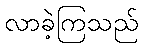
လာခဲ့ကြသည်